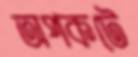
অপকটে